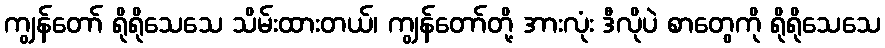
ကျွန်တော် ရိုရိုသေသေ သိမ်းထားတယ်၊ ကျွန်တော်တို့ အားလုံး ဒီလိုပဲ စာတွေကို ရိုရိုသေသေ